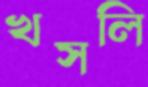
খসলি